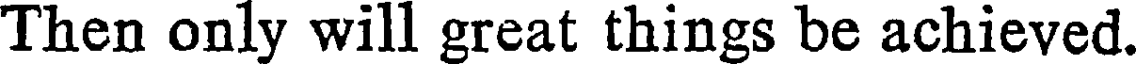
Then only will great things be achieved.